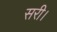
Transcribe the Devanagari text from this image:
सरी।